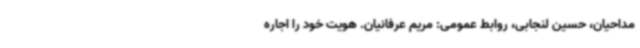
مداحیان، حسین لنجابی، روابط عمومی: مریم عرفانیان. هویت خود را اجاره